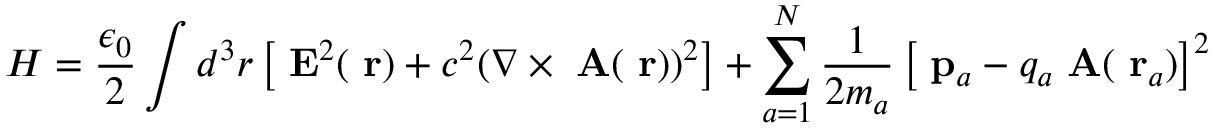
H = \frac { \epsilon _ { 0 } } { 2 } \int d ^ { 3 } r \left[ \mathrm { \bf ~ E } ^ { 2 } ( \mathrm { \bf ~ r } ) + c ^ { 2 } ( \nabla \times \mathrm { \bf ~ A } ( \mathrm { \bf ~ r } ) ) ^ { 2 } \right] + \sum _ { a = 1 } ^ { N } \frac { 1 } { 2 m _ { a } } \left[ \mathrm { \bf ~ p } _ { a } - q _ { a } \mathrm { \bf ~ A } ( \mathrm { \bf ~ r } _ { a } ) \right] ^ { 2 }